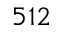
5 1 2